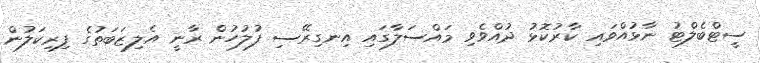
ސީޓްބެލްޓު ނާޅުއްވައި ކާރުކޮޅު ދުއްވެވި މައްސަލާގައި އިނގިރޭސި ފުލުހުން ރާނީ އެލިޒަބަތުގެ ފިރިކަލުން